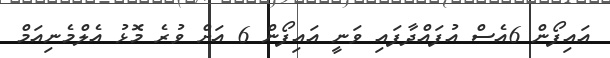
އައިފޯން 6އެސް އުފައްދާފައި ވަނީ އައިފޯން 6 އަށް ވުރެ މޮޅު އެލްމެނިއަމް